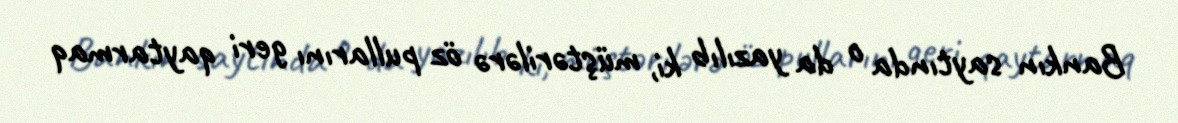
Bankın saytında o da yazılıb ki, müştərilərə öz pullarını geri qaytarmaq